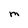
Character: M